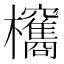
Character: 𣡐